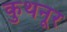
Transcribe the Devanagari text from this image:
कुथनूर